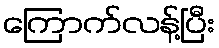
ကြောက်လန့်ပြီး